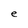
Character: e